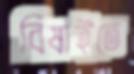
বিষাইতে